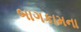
બાગકામના